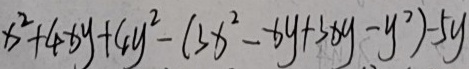
x ^ { 2 } + 4 x y + 4 y ^ { 2 } - ( 3 x ^ { 2 } - x y + 3 x y - y ^ { 2 } ) - 5 y